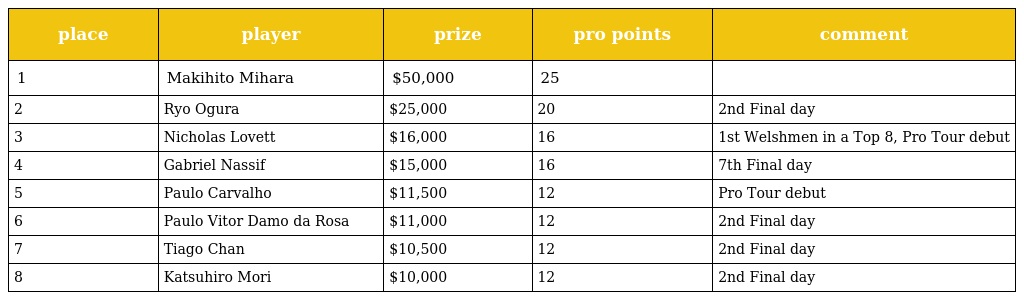
| place | player | prize | pro points | comment |
 | --- | --- | --- | --- | --- |
 | 1 | Makihito Mihara | $50,000 | 25 |  |
 | 2 | Ryo Ogura | $25,000 | 20 | 2nd Final day |
 | 3 | Nicholas Lovett | $16,000 | 16 | 1st Welshmen in a Top 8, Pro Tour debut |
 | 4 | Gabriel Nassif | $15,000 | 16 | 7th Final day |
 | 5 | Paulo Carvalho | $11,500 | 12 | Pro Tour debut |
 | 6 | Paulo Vitor Damo da Rosa | $11,000 | 12 | 2nd Final day |
 | 7 | Tiago Chan | $10,500 | 12 | 2nd Final day |
 | 8 | Katsuhiro Mori | $10,000 | 12 | 2nd Final day |